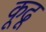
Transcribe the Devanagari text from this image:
कूढू